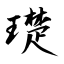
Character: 璴